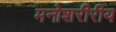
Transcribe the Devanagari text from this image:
मनोशरीरीय